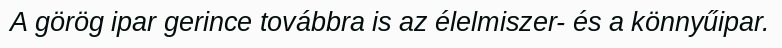
A görög ipar gerince továbbra is az élelmiszer- és a könnyűipar.